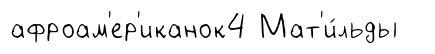
афроам'ер'иканок4 Мат'и́льды